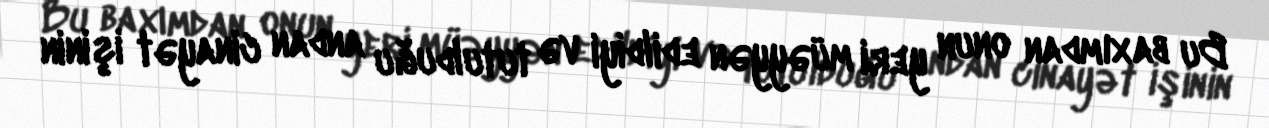
Bu baxımdan onun yeri müəyyən edildiyi və tutulduğu andan cinayət işinin